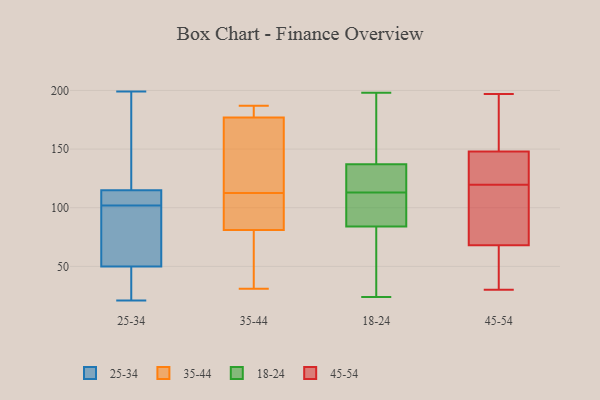
{"axis": {"x": "Satisfaction Score", "y": "Value"}, "legend": ["18-24", "25-34", "35-44", "45-54"], "data": [{"x": "", "y": 108, "type": "25-34"}, {"x": "", "y": 115, "type": "25-34"}, {"x": "", "y": 107, "type": "25-34"}, {"x": "", "y": 26, "type": "25-34"}, {"x": "", "y": 97, "type": "25-34"}, {"x": "", "y": 50, "type": "25-34"}, {"x": "", "y": 160, "type": "25-34"}, {"x": "", "y": 48, "type": "25-34"}, {"x": "", "y": 188, "type": "25-34"}, {"x": "", "y": 21, "type": "25-34"}, {"x": "", "y": 95, "type": "25-34"}, {"x": "", "y": 107, "type": "25-34"}, {"x": "", "y": 199, "type": "25-34"}, {"x": "", "y": 93, "type": "25-34"}, {"x": "", "y": 106, "type": "35-44"}, {"x": "", "y": 184, "type": "35-44"}, {"x": "", "y": 33, "type": "35-44"}, {"x": "", "y": 119, "type": "35-44"}, {"x": "", "y": 187, "type": "35-44"}, {"x": "", "y": 182, "type": "35-44"}, {"x": "", "y": 177, "type": "35-44"}, {"x": "", "y": 81, "type": "35-44"}, {"x": "", "y": 98, "type": "35-44"}, {"x": "", "y": 126, "type": "35-44"}, {"x": "", "y": 31, "type": "35-44"}, {"x": "", "y": 44, "type": "35-44"}, {"x": "", "y": 135, "type": "35-44"}, {"x": "", "y": 84, "type": "35-44"}, {"x": "", "y": 198, "type": "18-24"}, {"x": "", "y": 139, "type": "18-24"}, {"x": "", "y": 76, "type": "18-24"}, {"x": "", "y": 131, "type": "18-24"}, {"x": "", "y": 167, "type": "18-24"}, {"x": "", "y": 110, "type": "18-24"}, {"x": "", "y": 113, "type": "18-24"}, {"x": "", "y": 129, "type": "18-24"}, {"x": "", "y": 24, "type": "18-24"}, {"x": "", "y": 58, "type": "18-24"}, {"x": "", "y": 108, "type": "18-24"}, {"x": "", "y": 99, "type": "45-54"}, {"x": "", "y": 120, "type": "45-54"}, {"x": "", "y": 139, "type": "45-54"}, {"x": "", "y": 140, "type": "45-54"}, {"x": "", "y": 148, "type": "45-54"}, {"x": "", "y": 66, "type": "45-54"}, {"x": "", "y": 119, "type": "45-54"}, {"x": "", "y": 177, "type": "45-54"}, {"x": "", "y": 193, "type": "45-54"}, {"x": "", "y": 83, "type": "45-54"}, {"x": "", "y": 43, "type": "45-54"}, {"x": "", "y": 197, "type": "45-54"}, {"x": "", "y": 65, "type": "45-54"}, {"x": "", "y": 142, "type": "45-54"}, {"x": "", "y": 68, "type": "45-54"}, {"x": "", "y": 193, "type": "45-54"}, {"x": "", "y": 30, "type": "45-54"}, {"x": "", "y": 101, "type": "45-54"}]}